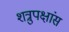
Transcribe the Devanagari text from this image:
शत्रुपक्षांस